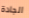
الجادة